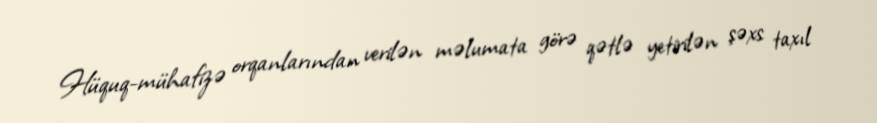
Hüquq-mühafizə orqanlarından verilən məlumata görə qətlə yetirilən şəxs taxıl